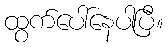
ထွက်ပေါ်နေပါပြီ။